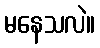
မနေသလဲ။